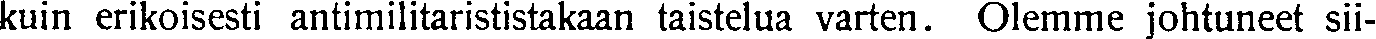
kuin erikoisesti antimilitarististakaan taistelua varten. Olemme johtuneet sii-